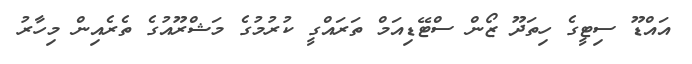
އައްޑޫ ސިޓީގެ ހިތަދޫ ޒޯން ސްޓޭޑިއަމް ތަރައްގީ ކުރުމުގެ މަޝްރޫއުގެ ތެރެއިން މިހާރު